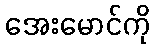
အေးမောင်ကို